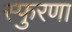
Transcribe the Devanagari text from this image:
स्फुरणा